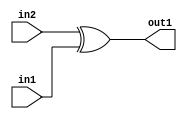
`timescale 1ps / 1ps
/*****************************************************************************
    Verilog RTL Description
    
    
    Created by: Stratus DpOpt 21.05.01 
*******************************************************************************/

module SobelFilter_Xor_1Ux1U_1U_1 (
	in2,
	in1,
	out1
	); /* architecture "behavioural" */ 
input  in2,
	in1;
output  out1;
wire  asc001;

assign asc001 = 
	(in2)
	^(in1);

assign out1 = asc001;
endmodule

/* CADENCE  urfzTAg= : u9/ySxbfrwZIxEzHVQQV8Q== ** DO NOT EDIT THIS LINE ******/